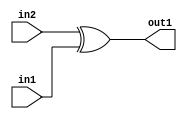
`timescale 1ps / 1ps
/*****************************************************************************
    Verilog RTL Description
    
    
    Created by: Stratus DpOpt 21.05.01 
*******************************************************************************/

module SobelFilter_Xor_1Ux1U_1U_1 (
	in2,
	in1,
	out1
	); /* architecture "behavioural" */ 
input  in2,
	in1;
output  out1;
wire  asc001;

assign asc001 = 
	(in2)
	^(in1);

assign out1 = asc001;
endmodule

/* CADENCE  urfzTAg= : u9/ySxbfrwZIxEzHVQQV8Q== ** DO NOT EDIT THIS LINE ******/